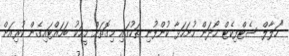
"ހަލާލް ސެޓްފިކެޓް ހޯދަން ހުށަހަޅާ ކުންފުނި ތަކުގައި މިގޮތަށް މީހަކު ބަހައްޓައިގެން ކުރިއަށް